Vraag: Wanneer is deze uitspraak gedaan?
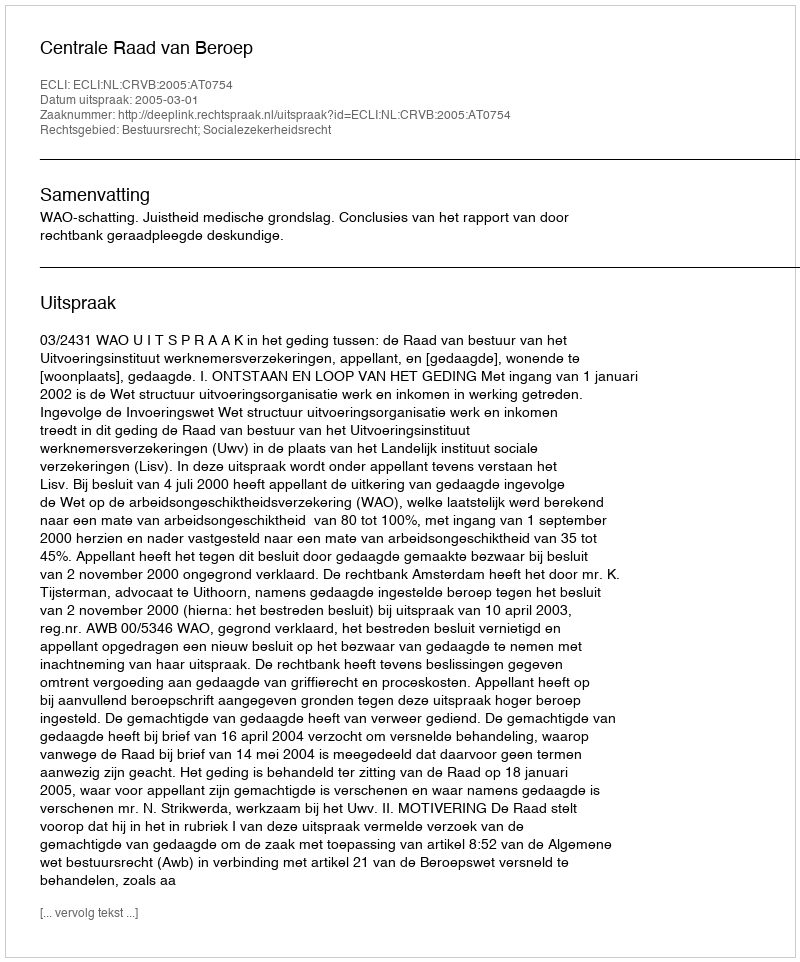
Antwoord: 2005-03-01